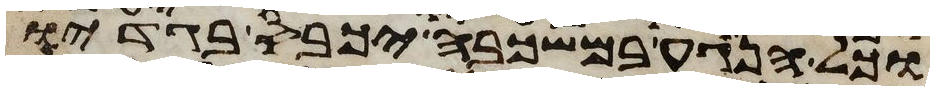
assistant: וכל הנגע במשכבה יכבס בגדיו